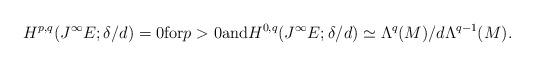
LaTeX: \begin{gather*}H^{p,q} (J^\infty E; \delta/d)=0\mbox{for}p > 0\mbox{and}H^{0,q}(J^\infty E; \delta/d)\simeq \Lambda^q(M)/d\Lambda^{q-1}(M) .\end{gather*}